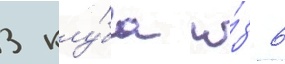
3 клу́ба и́з 6